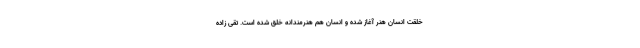
خلقت انسان هنر آغاز شده و انسان هم هنرمندانه خلق شده است. تقی زاده